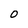
Character: O